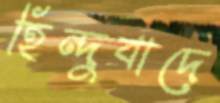
হিন্দুবাদে